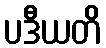
ပဒီယတိ